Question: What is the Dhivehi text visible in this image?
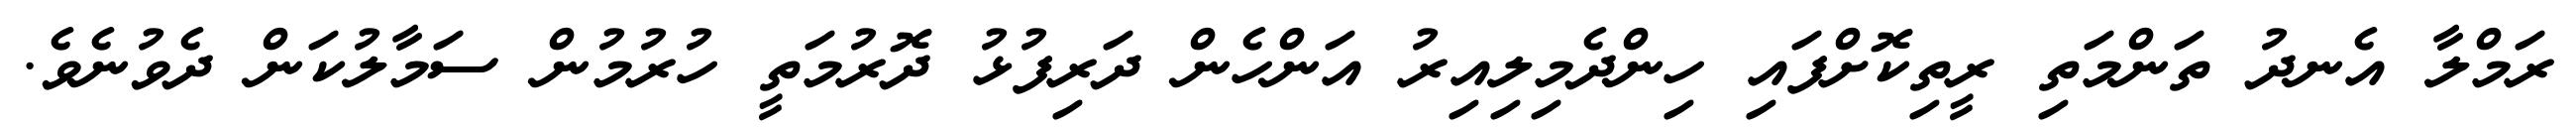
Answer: ރަމްލާ އެނދު ތަންމަތި ރީތިކޮށްފައި ހިންދެމިލިއިރު އަންހެން ދަރިފުޅު ދޮރުމަތީ ހުރުމުން ސަމާލުކަން ދެވުނެވެ.